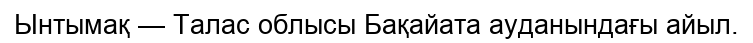
Ынтымақ — Талас облысы Бақайата ауданындағы айыл.